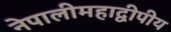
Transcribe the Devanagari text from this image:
नेपालीमहाद्वीपीय